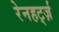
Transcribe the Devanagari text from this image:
रेनहर्ट्ज़